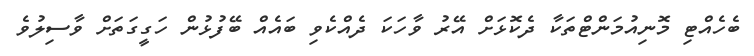
ބެހެއްޓި މޮނިއުމަންޓްތަކާ ދެކޮޅަށް އޭރު ވާހަކަ ދެއްކެވި ބައެއް ބޭފުޅުން ހަގީގަތަށް ވާސިލުވެ